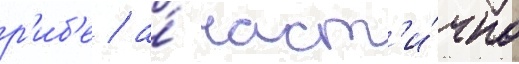
р'иб'е / а́ част'и́чно